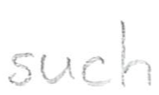
Text: such
Cross-out: clean
Writing tool: pencil